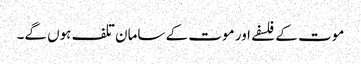
موت کے فلسفے اور موت کے سامان تلف ہوں گے۔